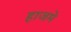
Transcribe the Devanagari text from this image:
हाजमे